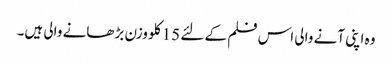
وہ اپنی آنے والی اس فلم کے لئے 15 کلو وزن بڑھانے والی ہیں۔